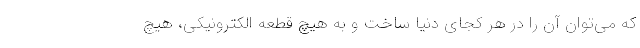
که می‌توان آن را در هر کجای دنیا ساخت و به هیچ قطعه الکترونیکی، هیچ